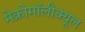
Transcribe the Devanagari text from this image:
मेक्रोमॉलीक्यूल